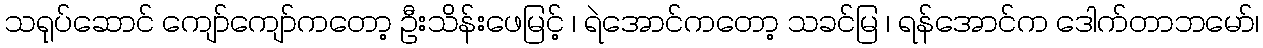
သရုပ်ဆောင် ကျော်ကျော်ကတော့ ဦးသိန်းဖေမြင့် ၊ ရဲအောင်ကတော့ သခင်မြ ၊ ရန်အောင်က ဒေါက်တာဘမော်၊